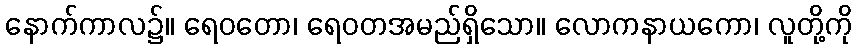
နောက်ကာလ၌။ ရေဝတော၊ ရေဝတအမည်ရှိသော။ လောကနာယကော၊ လူတို့ကို